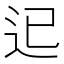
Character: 𨑓